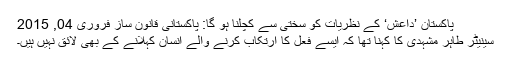
پاکستان ’داعش‘ کے نظریات کو سختی سے کچلنا ہو گا: پاکستانی قانون ساز فروری 04, 2015
سینیٹر طاہر مشہدی کا کہنا تھا کہ ایسے فعل کا ارتکاب کرنے والے انسان کہلانے کے بھی لائق نہیں ہیں۔